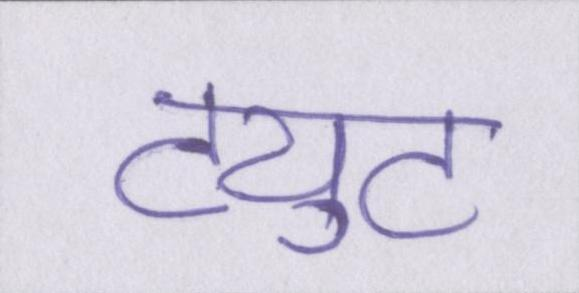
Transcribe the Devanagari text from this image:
ट्युट